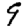
Digit: 9